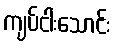
ကျပ်ငါးသောင်း